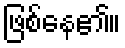
ဖြစ်နေ၏။